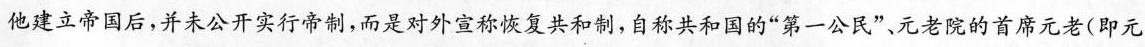
他建立帝国后，并未公开实行帝制，而是对外宣称恢复共和制，自称共和国的”第一公民”、元老院的首席元老(即元